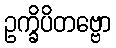
ဥက္ခိပိတဗ္ဗော